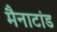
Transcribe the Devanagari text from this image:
मैनाटांड